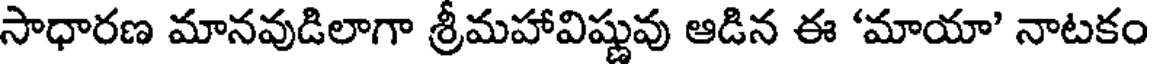
సాధారణ మానవుడిలాగా శ్రీమహావిష్ణువు ఆడిన ఈ 'మాయా' నాటకం